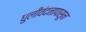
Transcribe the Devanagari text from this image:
धुलीवंदनापासून